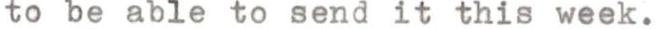
to be able to send it this week.